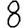
Digit: 8